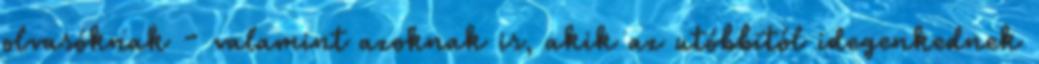
olvasóknak - valamint azoknak is, akik az utóbbitól idegenkednek